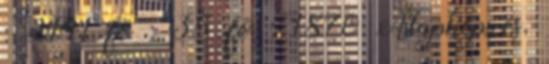
: 2141 fõ : 35 fõ : 1870 Alapképzés,